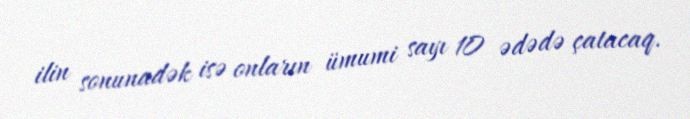
ilin sonunadək isə onların ümumi sayı 10 ədədə çatacaq.